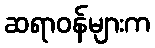
ဆရာဝန်များက